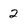
Character: 2